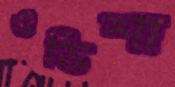
ওডিশা